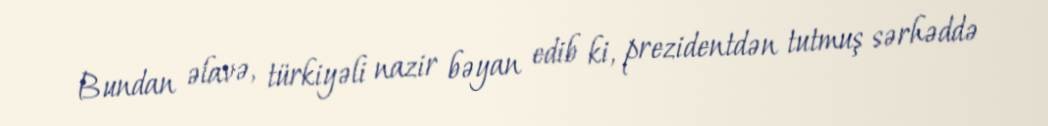
Bundan əlavə, türkiyəli nazir bəyan edib ki, prezidentdən tutmuş sərhəddə